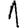
Digit: 1